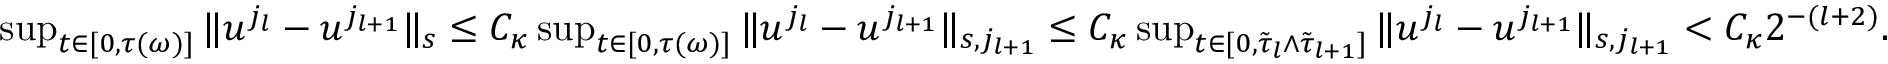
\begin{array} { r } { \operatorname* { s u p } _ { t \in [ 0 , \tau ( \omega ) ] } \| u ^ { j _ { l } } - u ^ { j _ { l + 1 } } \| _ { s } \leq C _ { \kappa } \operatorname* { s u p } _ { t \in [ 0 , \tau ( \omega ) ] } \| u ^ { j _ { l } } - u ^ { j _ { l + 1 } } \| _ { s , j _ { l + 1 } } \leq C _ { \kappa } \operatorname* { s u p } _ { t \in [ 0 , \tilde { \tau } _ { l } \wedge \tilde { \tau } _ { l + 1 } ] } \| u ^ { j _ { l } } - u ^ { j _ { l + 1 } } \| _ { s , j _ { l + 1 } } < C _ { \kappa } 2 ^ { - ( l + 2 ) } . } \end{array}